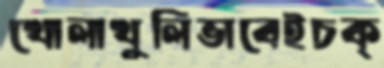
খোলাখুলিভাবেইচক্